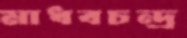
মাধবচন্দ্র